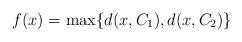
LaTeX: \begin{align*}f(x)=\max \{d(x,C_{1}),d(x,C_{2})\}\end{align*}